Vaccine operations Central Provinces 1868-1885 - 1868-1885
Year: 1868
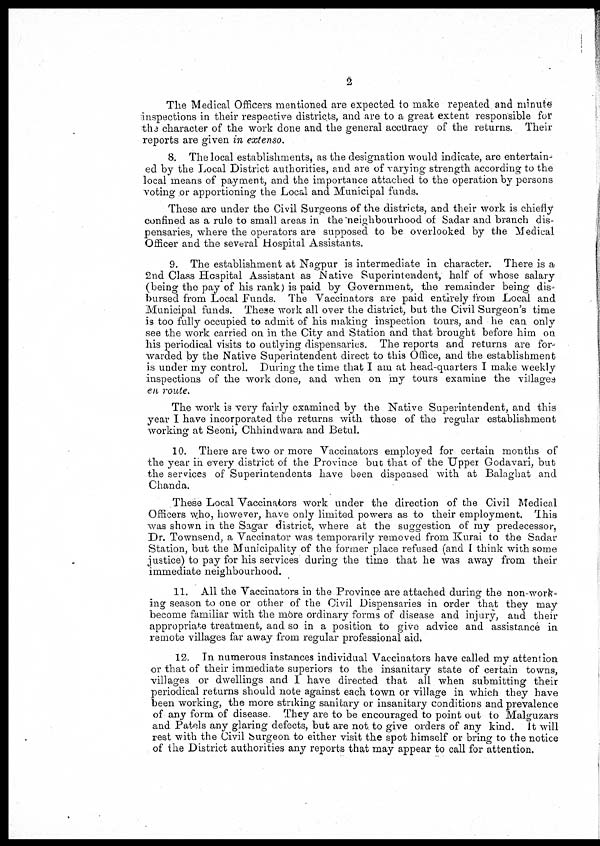
2
The Medical Officers mentioned are expected to make repeated and minute
inspections in their respective districts, and are to a great extent responsible for
the character of the work done and the general accuracy of the returns. Their
reports are given in extenso.
8. The local establishments, as the designation would indicate, are entertain-
ed by the Local District authorities, and are of varying strength according to the
local means of payment, and the importance attached to the operation by persons
voting or apportioning the Local and Municipal funds.
These are under the Civil Surgeons of the districts, and their work is chiefly
confined as a rule to small areas in the neighbourhood of Sadar and branch dis-
pensaries, where the operators are supposed to be overlooked by the Medical
Officer and the several Hospital Assistants.
9. The establishment at Nagpur is intermediate in character. There is a
2nd Class Hospital Assistant as Native Superintendent, half of whose salary
(being the pay of his rank) is paid by Government, the remainder being dis-
bursed from Local Funds. The Vaccinators are paid entirely from Local and
Municipal funds. These work all over the district, but the Civil Surgeon's time
is too fully occupied to admit of his making inspection tours, and he can only
see the work carried on in the City and Station and that brought before him on
his periodical visits to outlying dispensaries. The reports and returns are for-
warded by the Native Superintendent direct to this Office, and the establishment
is under my control. During the time that I am at head-quarters I make weekly
inspections of the work done, and when on my tours examine the villages
en route.
The work is very fairly examined by the Native Superintendent, and this
year I have incorporated the returns with those of the regular establishment
working at Seoni, Chhindwara and Betul.
10. There are two or more Vaccinators employed for certain months of
the year in every district of the Province but that of the Upper Godavari, but
the services of Superintendents have been dispensed with at Balaghat and
Chanda.
These Local Vaccinators work under the direction of the Civil Medical
Officers who, however, have only limited powers as to their employment. This
was shown in the Sagar district, where at the suggestion of my predecessor,
Dr. Townsend, a Vaccinator was temporarily removed from Kurai to the Sadar
Station, but the Municipality of the former place refused (and I think with some
justice) to pay for his services during the time that he was away from their
immediate neighbourhood.
11. All the Vaccinators in the Province are attached during the non-work-
ing season to one or other of the Civil Dispensaries in order that they may
become familiar with the more ordinary forms of disease and injury, and their
appropriate treatment, and so in a position to give advice and assistance in
remote villages far away from regular professional aid.
12. In numerous instances individual Vaccinators have called my attention
or that of their immediate superiors to the insanitary state of certain towns,
villages or dwellings and I have directed that all when submitting their
periodical returns should note against each town or village in which they have
been working, the more striking sanitary or insanitary conditions and prevalence
of any form of disease. They are to be encouraged to point out to Malguzars
and Patels any glaring defects, but are not to give orders of any kind. It will
rest with the Civil burgeon to either visit the spot himself or bring to the notice
of the District authorities any reports that may appear to call for attention.